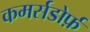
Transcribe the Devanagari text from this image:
कमर्सडोर्फ़